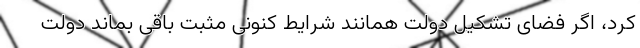
کرد، اگر فضای تشکیل دولت همانند شرایط کنونی مثبت باقی بماند دولتِ